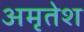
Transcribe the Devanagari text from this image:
अमृतेश